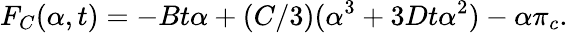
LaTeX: F_{C}(\alpha,t)=-Bt\alpha+(C/3)(\alpha^{3}+3Dt\alpha^{2})-\alpha\pi_{c}.